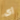
إى